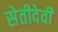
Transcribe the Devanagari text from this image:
सेतीदेवी